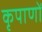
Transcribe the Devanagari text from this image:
कृपाणों